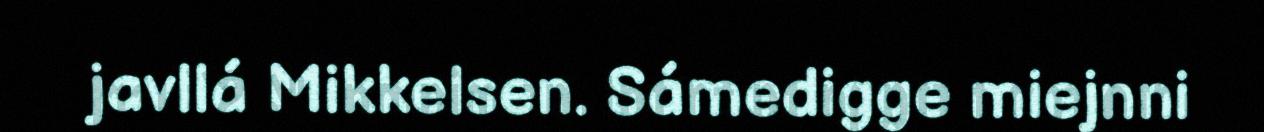
javllá Mikkelsen. Sámedigge miejnni